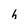
Character: h